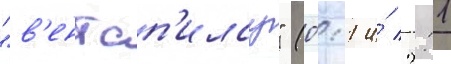
"в'ентсп'илсу" (0:1 и́ 2:1